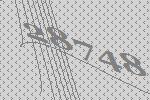
28748